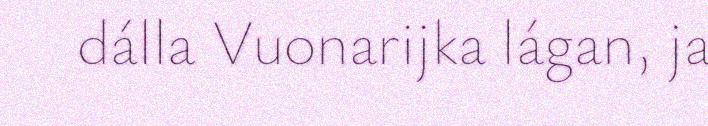
dálla Vuonarijka lágan, ja